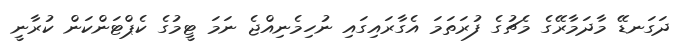
ދަގަނޑޭ މާދަމާރޭގެ މެޗުގެ ފުރަތަމަ އެގާރައިގައި ނުހިމެނިއްޖެ ނަމަ ޓީމުގެ ކެޕްޓަންކަން ކުރާނީ